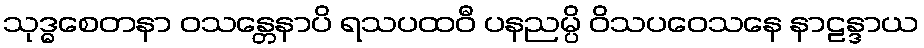
သုဒ္ဓစေတနာ ဝသန္တေနာပိ ရသပထဝီ ပနညမ္ပိ ဝိသပဝေသနေ နာဠန္ဒာယ